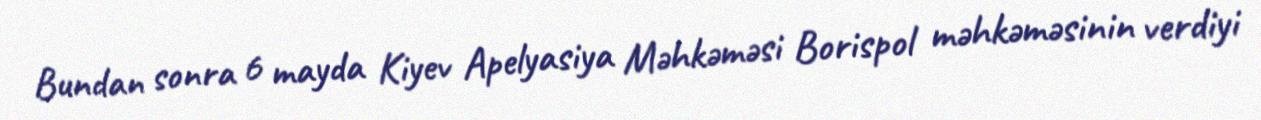
Bundan sonra 6 mayda Kiyev Apelyasiya Məhkəməsi Borispol məhkəməsinin verdiyi